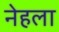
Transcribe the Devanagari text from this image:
नेहला